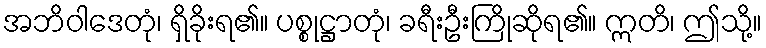
အဘိဝါဒေတုံ၊ ရှိခိုးရ၏။ ပစ္စုဋ္ဌာတုံ၊ ခရီးဦးကြိုဆိုရ၏။ ဣတိ၊ ဤသို့။